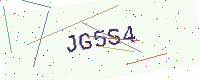
Text: JG5S4